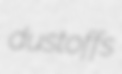
dustoffs